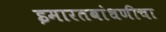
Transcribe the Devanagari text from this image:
इमारतबांधणीचा